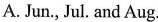
A.Jun., Jul. And Aug.